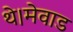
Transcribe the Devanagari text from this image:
थे।मेवाड